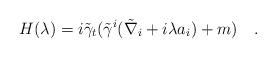
LaTeX: \begin{align*}H(\lambda)=i\tilde{\gamma}_t(\tilde{\gamma}^i (\tilde{\nabla}_i+i\lambda a_i)+m)~~~.\end{align*}